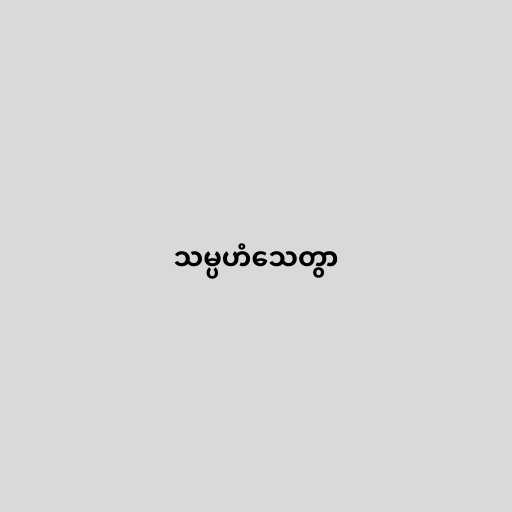
သမ္ပဟံသေတွာ